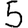
Digit: 5